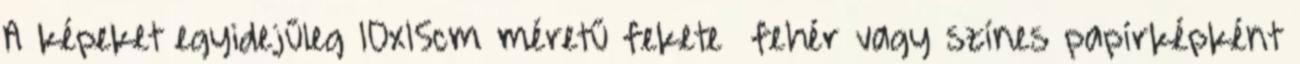
A képeket egyidejűleg 10x15cm méretű fekete fehér vagy színes papírképként